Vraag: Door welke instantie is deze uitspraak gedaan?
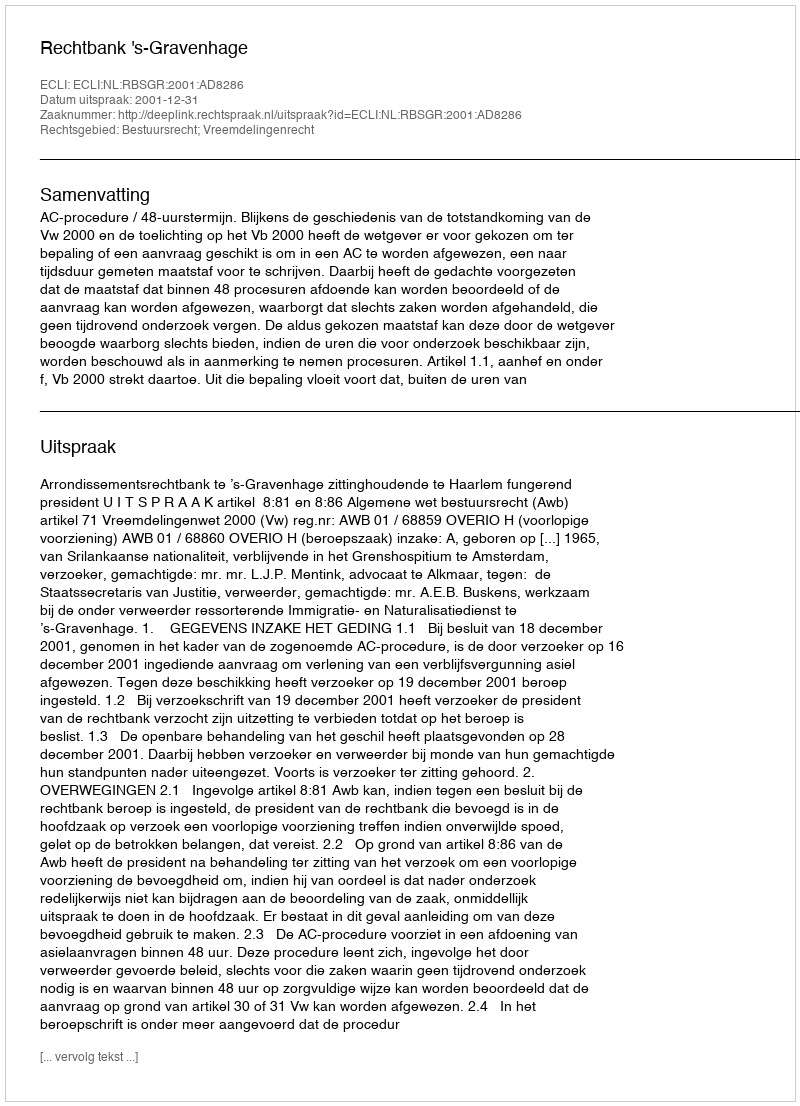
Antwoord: Rechtbank 's-Gravenhage